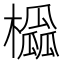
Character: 𪴒